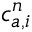
c _ { a , i } ^ { n }